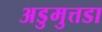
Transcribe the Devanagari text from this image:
अडुमुत्तडा